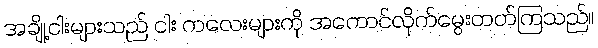
အချို့ငါးများသည် ငါး ကလေးများကို အကောင်လိုက်မွေးတတ်ကြသည်။